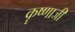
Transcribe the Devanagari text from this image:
कॄष्‍णाजी